Riigikantselei, lk 68
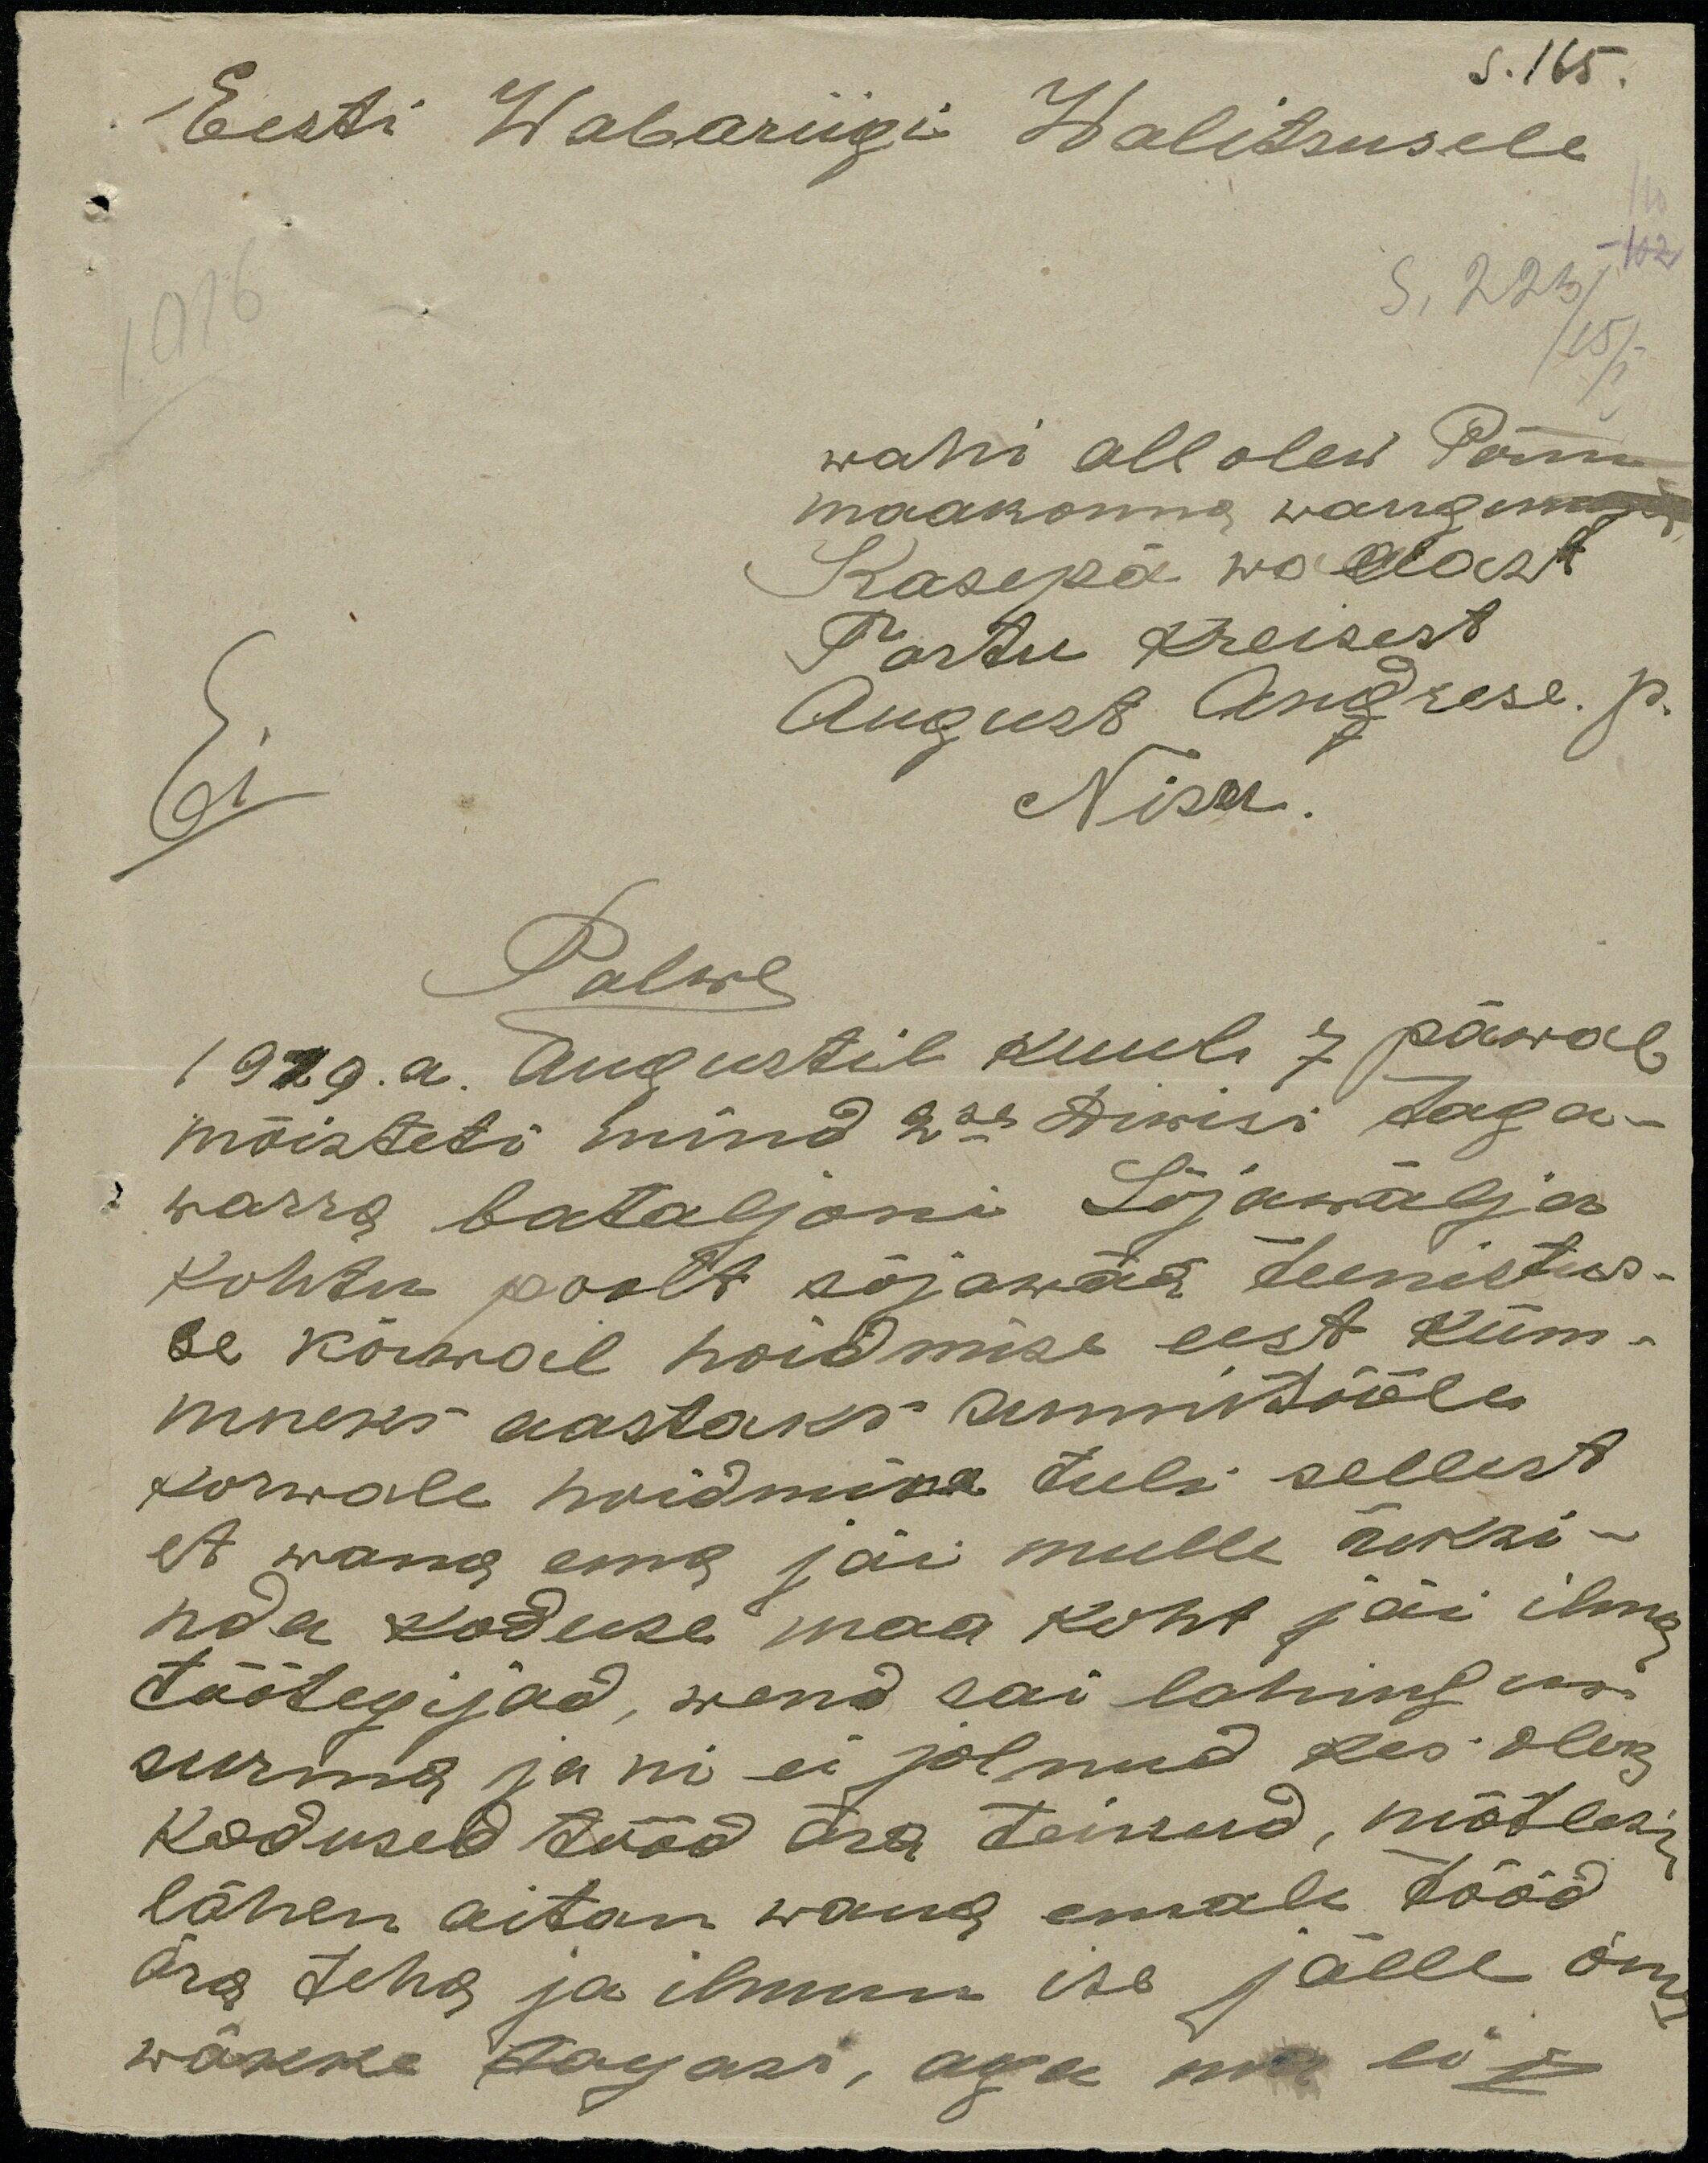
S. 165.
Eesti Wabariigi Walitsusele
wahi all olew Pärnu
maakonna wangim
Kasepä wallast
Tartu Kreisest
August Andrese. p.
Ei
Nisu.
Palwe
1919. a. Augustil kuul 7 päwal
mõisteti mind 2se Diwisi taga-
warra bataljoni Sõjawälja
Kohtu poolt sõjawäe teenistus-
se kõrwal hoidmise eest küm-
mneks aastaks sunnitööle
Korwale hoidmine tuli sellest
et wana ema jäi mulle üksi-
nda koduse maa koht jäi ilma
töötegijad, wend sai lahingus
surma ja ni ei jolnud kes oleks
kodused tööd ära teinud, mõtlesin
lähen aitan wana emale tööd
ära teha ja ilmun ise jälle õnn
wäkke tagasi, aga ma ei